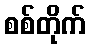
စစ်တိုက်